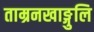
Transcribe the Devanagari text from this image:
ताम्रनखाङ्गुलि